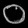
Digit: ၀